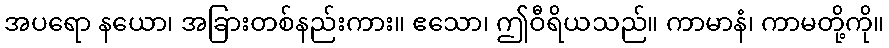
အပရော နယော၊ အခြားတစ်နည်းကား။ ဧသော၊ ဤဝီရိယသည်။ ကာမာနံ၊ ကာမတို့ကို။